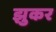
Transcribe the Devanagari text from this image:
झुकर